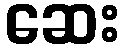
ဆေး